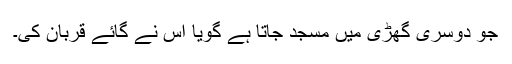
جو دوسری گھڑی میں مسجد جاتا ہے گویا اس نے گائے قربان کی۔